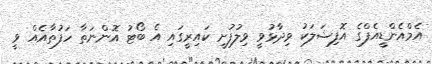
އެމްއެންޑީއެފްގެ އޮފިޝަލަކު ވިދާޅުވީ ވިލުފުށީ ކައިރީގައި އެ ބޯޓު އޮންނަތާ ހަފުތާއެއް ވީ